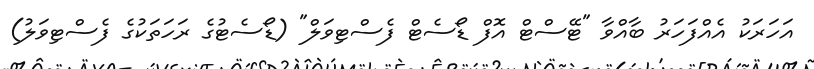
އަހަރަކު އެއްފަހަރު ބާއްވާ "ޓޭސްޓް އޮފް ޑޯސެޓް ފެސްޓިވަލް" (ޑޯސެޓުގެ ރަހަތަކުގެ ފެސްޓިވަލު)